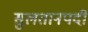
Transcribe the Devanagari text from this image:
सुलतानपदी